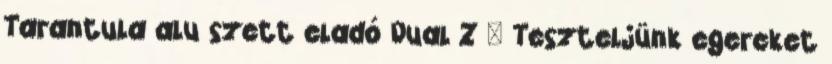
Tarantula alu szett eladó Dual Z █ Teszteljünk egereket